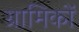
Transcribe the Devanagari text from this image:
ग्रामिकों